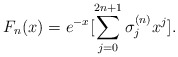
\begin{align*}F_n(x)=e^{-x}[\sum_{j=0}^{2n+1}\sigma_j^{(n)}x^j].\end{align*}